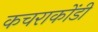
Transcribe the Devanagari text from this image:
कचराकोंडी